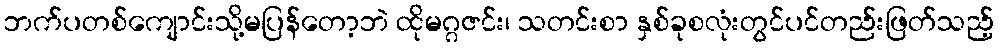
ဘက်ပတစ်ကျောင်းသို့မပြန်တော့ဘဲ ထိုမဂ္ဂဇင်း၊ သတင်းစာ နှစ်ခုစလုံးတွင်ပင်တည်းဖြတ်သည့်